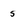
Character: s